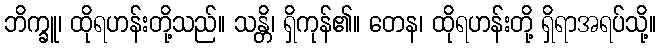
ဘိက္ခူ၊ ထိုရဟန်းတို့သည်။ သန္တိ၊ ရှိကုန်၏။ တေန၊ ထိုရဟန်းတို့ ရှိရာအရပ်သို့။